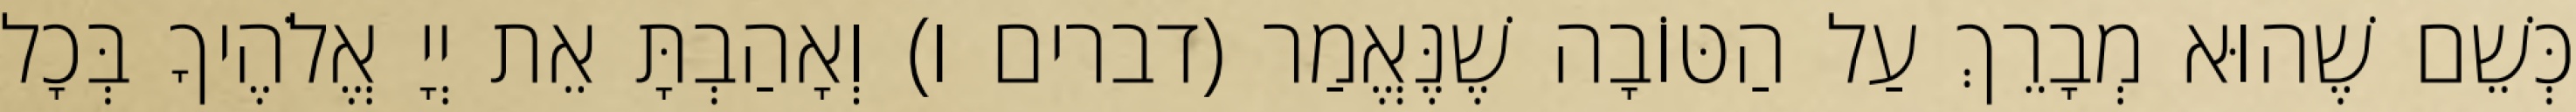
כְּשֵׁם שֶׁהוּא מְבָרֵךְ עַל הַטּוֹבָה שֶׁנֶּאֱמַר (דברים ו) וְאָהַבְתָּ אֵת יְיָ אֱלֹהֶיךָ בְּכָל